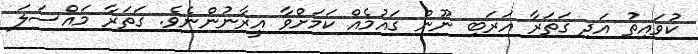
ކުވައިތު އަދި ގަތަރާ އަރަބި ނޫން ގައުމެއް ކަމަށްވާ އީރާނުންނެވެ. ގަތަރާ މައްސަލަ